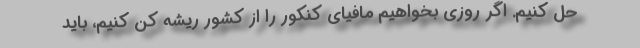
حل کنیم. اگر روزی بخواهیم مافیای کنکور را از کشور ریشه کن کنیم، باید